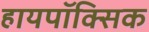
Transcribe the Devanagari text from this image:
हायपॉक्सिक